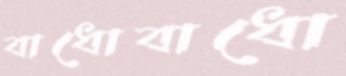
বাধোবাধো